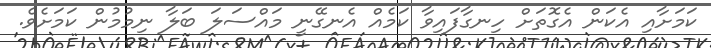
ކަމަށާއި އެކަން އެގޮތަށް ހިނގާފައިވާ ކަމެއް އެނގޭނީ މައްސަލަ ބަލާ ނިމުމުން ކަމަށެވެ.